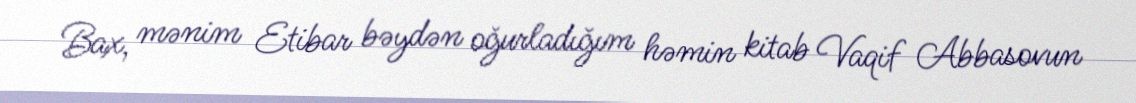
Bax, mənim Etibar bəydən oğurladığım həmin kitab Vaqif Abbasovun